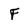
Character: F